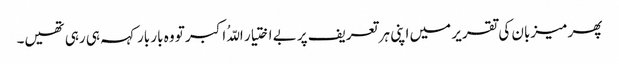
پھر میزبان کی تقریر میں اپنی ہر تعریف پر بے اختیار اللّہُ اکبر تو وہ بار بار کہہ ہی رہی تھیں۔